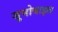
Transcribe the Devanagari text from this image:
जूमोबाइल